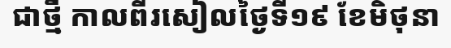
ជាថ្មី កាលពីរសៀលថ្ងៃទី១៩ ខែមិថុនា